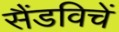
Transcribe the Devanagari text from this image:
सैंडविचें